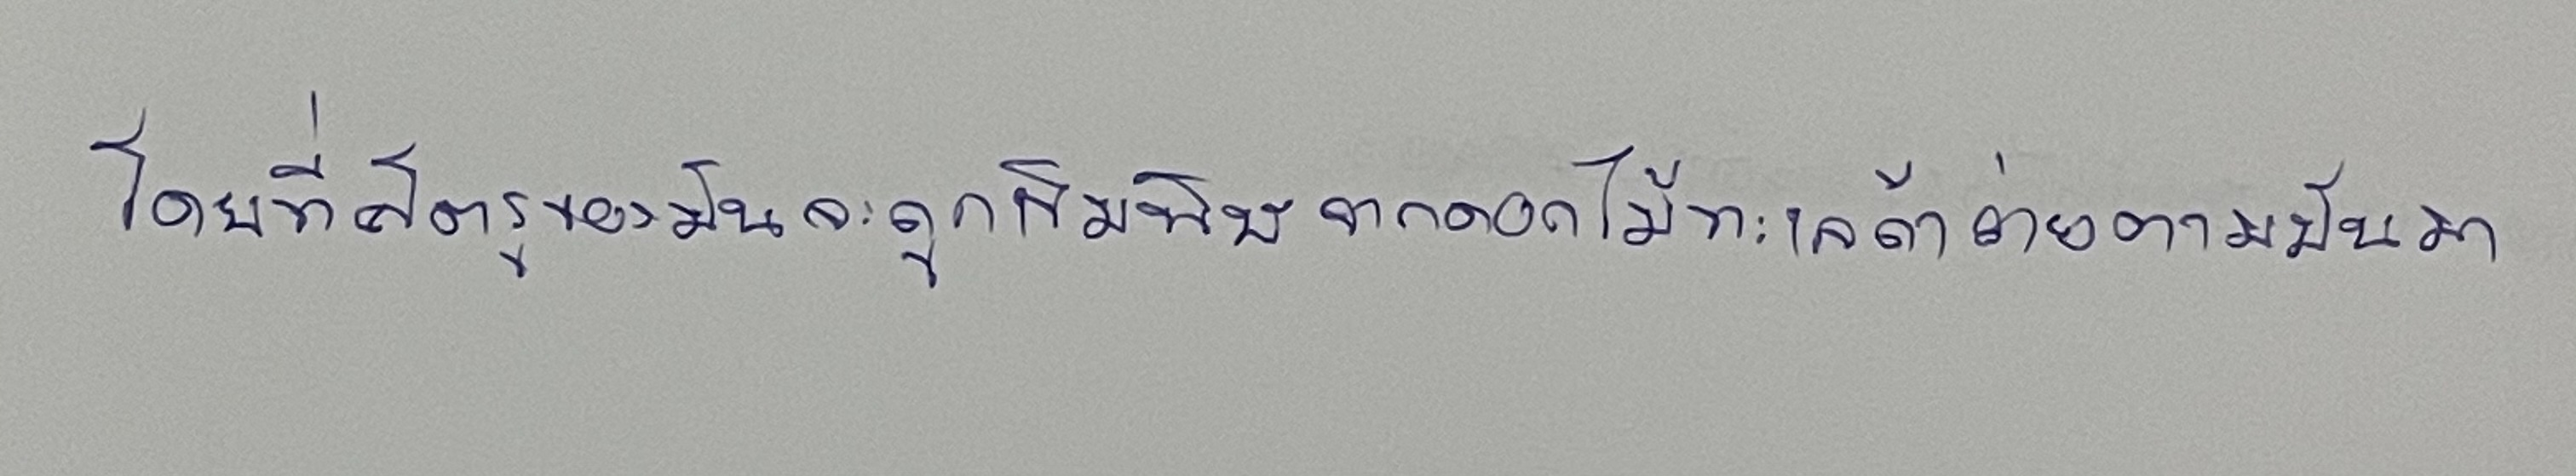
โดยที่ศัตรูของมันจะถูกเข็มพิษจากดอกไม้ทะเลถ้าว่ายตามมันมา